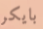
بايكر